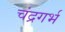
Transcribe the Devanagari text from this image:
चंद्रगर्भ